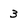
Character: 3